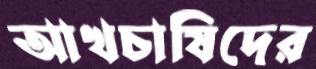
আখচাষিদের